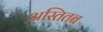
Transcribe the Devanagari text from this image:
अस्तितब